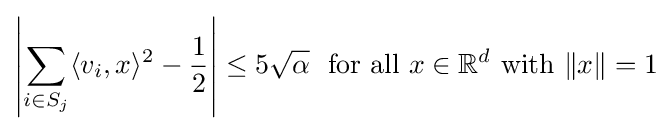
\left|\sum _{i\in S_{j}}\langle v_{i},x\rangle ^{2}-{\frac {1}{2}}\right|\leq 5{\sqrt {\alpha }}\ {\text{ for all }}x\in \mathbb {R} ^{d}{\text{ with }}\|x\|=1